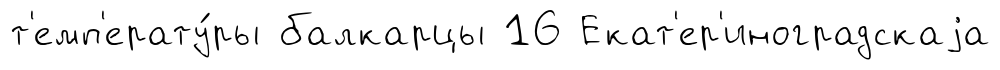
т'емп'ерату́ры балкарцы 16 Екат'ер'иноградскаjа